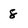
Character: 8